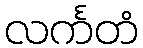
လင်္ကတံ